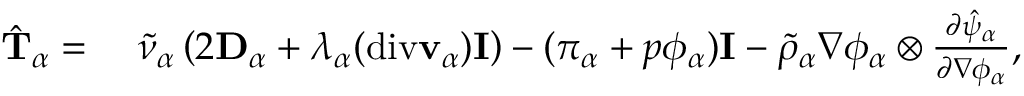
\begin{array} { r l } { \hat { \mathbf { T } } _ { \alpha } = } & { ~ \tilde { \nu } _ { \alpha } \left( 2 \mathbf { D } _ { \alpha } + \lambda _ { \alpha } ( \mathrm { d i v } \mathbf { v } _ { \alpha } ) \mathbf { I } \right) - ( \pi _ { \alpha } + p \phi _ { \alpha } ) \mathbf { I } - \tilde { \rho } _ { \alpha } \nabla \phi _ { \alpha } \otimes \frac { \partial \hat { \psi } _ { \alpha } } { \partial \nabla \phi _ { \alpha } } , } \end{array}